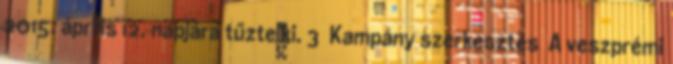
2015. április 12. napjára tűzte ki. 3 Kampány szerkesztés A veszprémi